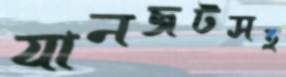
যানজটসহ